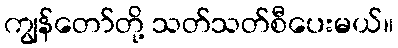
ကျွန်တော်တို့ သတ်သတ်စီပေးမယ်။